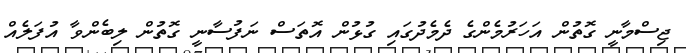
ޖިސްމާނީ ގޮތުން އަހަރުމެންގެ ދެމެދުގައި ގުޅުން އޮތަސް ނަފުސާނީ ގޮތުން ލިބެންވާ އުފަލެއް